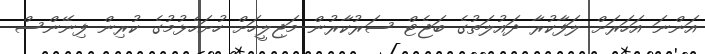
އަންނަ އަހަރަށް ލަފާކުރާ ދައުލަތުގެ ބަޖެޓް ސަރުކާރުން މަޖިލީހަށް ހުށަހެޅުމުގެ ކުރިން ފިނޭންސް